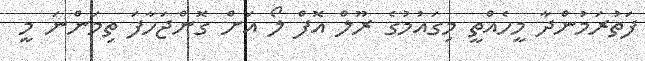
ފަތުރަމުންދާ މީހެއްތީ މިގައުމުގެ ރޫލް އޮފް ލޯ އަށް ގޮންޖަހާފަ ތިމަންނަ މީ